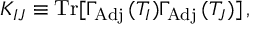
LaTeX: K _ { I J } \equiv \mathrm { T r } [ \Gamma _ { \mathrm { A d j } } \, ( T _ { I } ) \Gamma _ { \mathrm { A d j } } \, ( T _ { J } ) ] \, ,